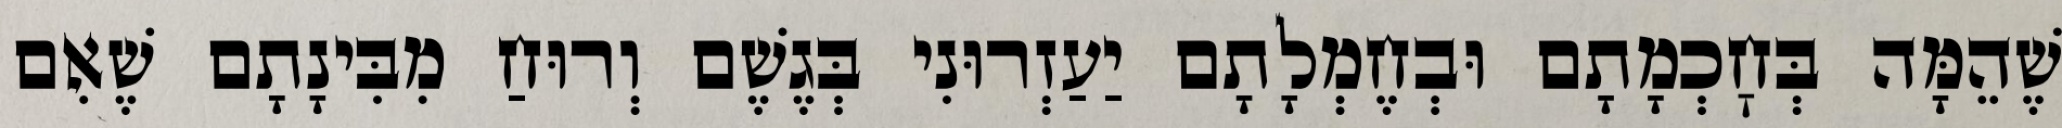
שֶׁהֵמָּה בְּחׇכְמָתָם וּבְחֶמְלָתָם יַעַזְרוּנִי בְּגֶשֶׁם וְרוּחַ מִבִּינָתָם שֶׁאִם